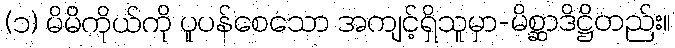
(၁) မိမိကိုယ်ကို ပူပန်စေသော အကျင့်ရှိသူမှာ-မိစ္ဆာဒိဋ္ဌိတည်း။